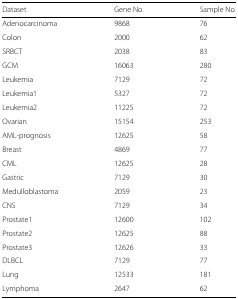
<table><thead><tr><td><b>Dataset</b></td><td><b>Gene No.</b></td><td><b>Sample No.</b></td></tr></thead><tbody><tr><td>Adenocarcinoma</td><td>9868</td><td>76</td></tr><tr><td>Colon</td><td>2000</td><td>62</td></tr><tr><td>SRBCT</td><td>2038</td><td>83</td></tr><tr><td>GCM</td><td>16063</td><td>280</td></tr><tr><td>Leukemia</td><td>7129</td><td>72</td></tr><tr><td>Leukemia1</td><td>5327</td><td>72</td></tr><tr><td>Leukemia2</td><td>11225</td><td>72</td></tr><tr><td>Ovarian</td><td>15154</td><td>253</td></tr><tr><td>AML-prognosis</td><td>12625</td><td>58</td></tr><tr><td>Breast</td><td>4869</td><td>77</td></tr><tr><td>CML</td><td>12625</td><td>28</td></tr><tr><td>Gastric</td><td>7129</td><td>30</td></tr><tr><td>Medulloblastoma</td><td>2059</td><td>23</td></tr><tr><td>CNS</td><td>7129</td><td>34</td></tr><tr><td>Prostate1</td><td>12600</td><td>102</td></tr><tr><td>Prostate2</td><td>12625</td><td>88</td></tr><tr><td>Prostate3</td><td>12626</td><td>33</td></tr><tr><td>DLBCL</td><td>7129</td><td>77</td></tr><tr><td>Lung</td><td>12533</td><td>181</td></tr><tr><td>Lymphoma</td><td>2647</td><td>62</td></tr></tbody></table>